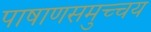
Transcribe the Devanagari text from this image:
पाषाणसमुच्चय